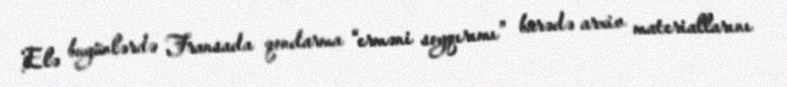
Elə bugünlərdə Fransada qondarma “erməni soyqırımı” barədə arxiv materiallarını